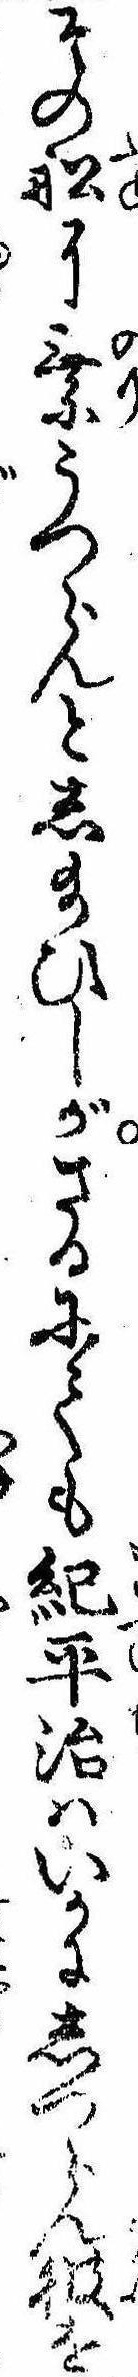
その船に乗うつらんとし給ひしがさるにても紀平治はいかにしつらん彼を